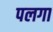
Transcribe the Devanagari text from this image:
पलगा